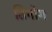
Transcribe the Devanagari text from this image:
तिमोग